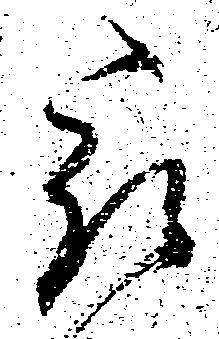
被